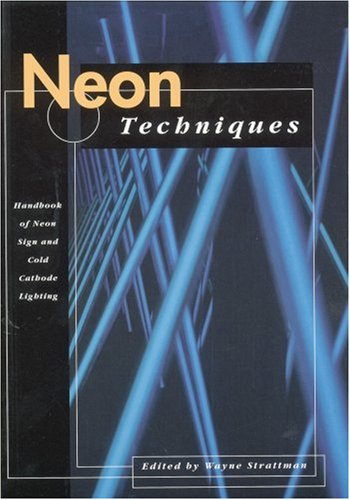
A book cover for Neon Techniques (formerly Neon Techniques and Handling); Samuel Miller; Science & Math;